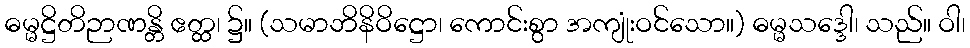
ဓမ္မဋ္ဌိတိဉာဏန္တိ ဧတ္ထ၊ ၌။ (သမာဘိနိဝိဋ္ဌော၊ ကောင်းစွာ အကျုံးဝင်သော။) ဓမ္မသဒ္ဒေါ၊ သည်။ ဝါ၊